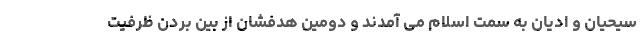
سیحیان و ادیان به سمت اسلام می آمدند و دومین هدفشان از بین بردن ظرفیت